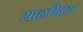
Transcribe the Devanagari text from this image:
सालगिरह।